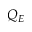
Q _ { E }